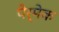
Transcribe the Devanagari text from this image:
पेर्मेक